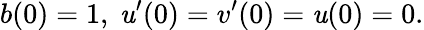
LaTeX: b(0)=1,~\mathit{u}^{\prime}(0)=v^{\prime}(0)=\mathit{u}(0)=0.